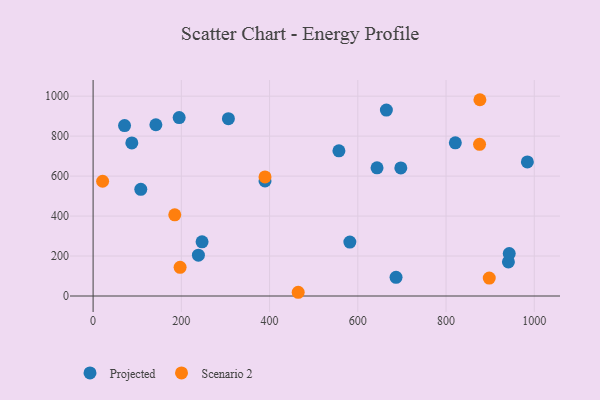
{"axis": {"x": "Study Hours", "y": "Yield"}, "legend": ["Projected", "Scenario 2"], "data": [{"x": "247.0", "y": 271.3, "type": "Projected"}, {"x": "664.8", "y": 930.4, "type": "Projected"}, {"x": "142.3", "y": 856.9, "type": "Projected"}, {"x": "557.2", "y": 726.4, "type": "Projected"}, {"x": "87.8", "y": 766.0, "type": "Projected"}, {"x": "941.4", "y": 170.8, "type": "Projected"}, {"x": "643.6", "y": 641.6, "type": "Projected"}, {"x": "821.1", "y": 766.5, "type": "Projected"}, {"x": "71.3", "y": 852.9, "type": "Projected"}, {"x": "697.5", "y": 640.8, "type": "Projected"}, {"x": "389.7", "y": 575.6, "type": "Projected"}, {"x": "108.1", "y": 533.9, "type": "Projected"}, {"x": "686.7", "y": 93.4, "type": "Projected"}, {"x": "306.7", "y": 887.1, "type": "Projected"}, {"x": "238.7", "y": 204.1, "type": "Projected"}, {"x": "943.3", "y": 212.4, "type": "Projected"}, {"x": "582.0", "y": 269.9, "type": "Projected"}, {"x": "195.1", "y": 893.0, "type": "Projected"}, {"x": "984.4", "y": 670.7, "type": "Projected"}, {"x": "876.0", "y": 759.0, "type": "Scenario 2"}, {"x": "389.7", "y": 595.6, "type": "Scenario 2"}, {"x": "464.9", "y": 18.7, "type": "Scenario 2"}, {"x": "185.1", "y": 406.2, "type": "Scenario 2"}, {"x": "21.6", "y": 574.2, "type": "Scenario 2"}, {"x": "197.2", "y": 143.5, "type": "Scenario 2"}, {"x": "898.0", "y": 89.5, "type": "Scenario 2"}, {"x": "876.8", "y": 982.1, "type": "Scenario 2"}]}